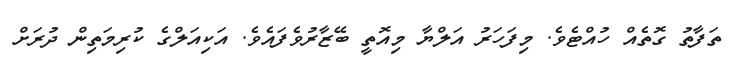
ތަފާތު ގޮތެއް ހުއްޓެވެ. މިފަހަރު އަލްޔާ މިއޮތީ ބޭޒާރުވެފައެވެ. އަކިއަލްގެ ކުރިމަތިން ދުރަށް